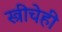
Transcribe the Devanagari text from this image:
स्त्रीचेही